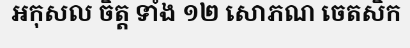
អកុសល ចិត្ត ទាំង ១២ សោភណ ចេតសិក